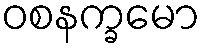
ဝစနက္ခမော